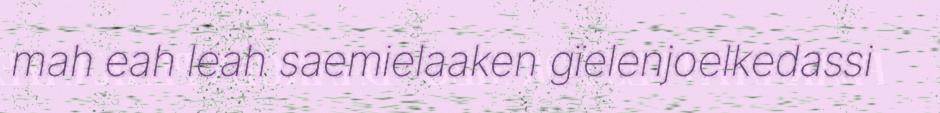
mah eah leah saemielaaken gïelenjoelkedassi